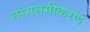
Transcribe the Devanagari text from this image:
तरंगसमीकरण